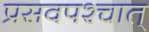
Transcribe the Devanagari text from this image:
प्रसवपश्चात्